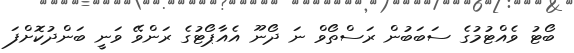
ބޯޓު ވެއްޓުމުގެ ސަބަބުން ރަސްތޯވް ނަ ދޯނޫ އެއާޕޯޓުގެ ރަންވޭ ވަނީ ބަންދުކޮށްފަ